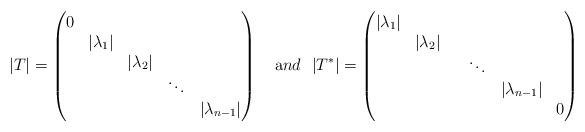
LaTeX: \begin{align*}|T|= \begin{pmatrix}0 & & & & \\ & |\lambda_{1}| & & & \\ & & |\lambda_{2}| & & \\ & & & \ddots & \\ & & & & |\lambda_{n-1}| \\\end{pmatrix}\ \ \ {\text and } \ \ |T^*|= \begin{pmatrix}|\lambda_{1}| & & & & \\ & |\lambda_{2}| & & & \\ & & & \ddots & \\ & & & & |\lambda_{n-1}| \\ & & & & & 0\\\end{pmatrix}\end{align*}